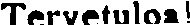
Tervetuloa!